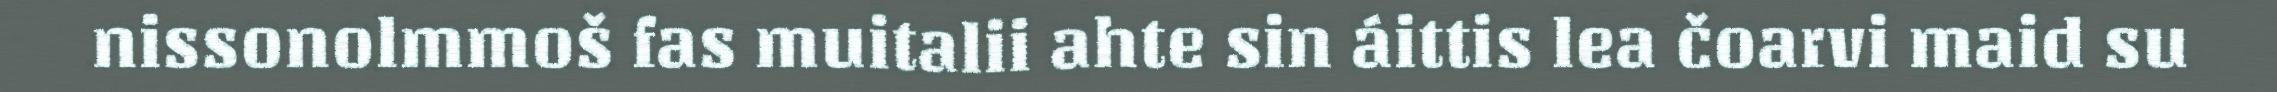
nissonolmmoš fas muitalii ahte sin áittis lea čoarvi maid su